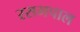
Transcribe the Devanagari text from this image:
रसभपाल